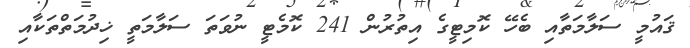
ޤައުމީ ސަލާމަތާއި ބެހޭ ކޮމިޓީގެ އިތުރުން 241 ކޮމެޓީ ނުވަތަ ސަލާމަތީ ޚިދުމަތްތަކާއި